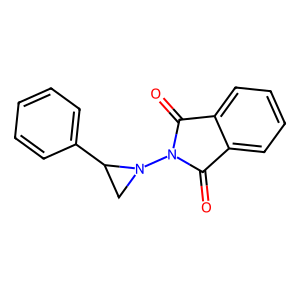
SMILES: O=C1c2ccccc2C(=O)N1N1CC1c1ccccc1
Inhibits HIV replication: No